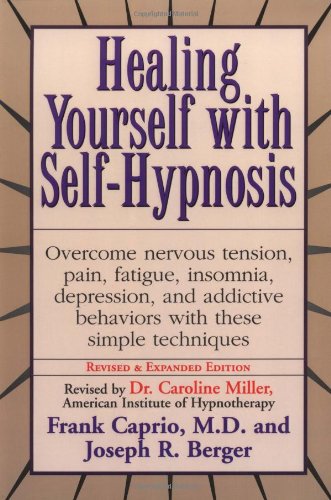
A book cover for Healing Yourself With Self-Hypnosis; Frank Caprio; Health, Fitness & Dieting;